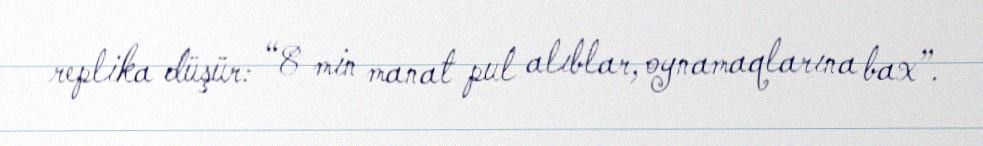
replika düşür: “8 min manat pul alıblar, oynamaqlarına bax”.